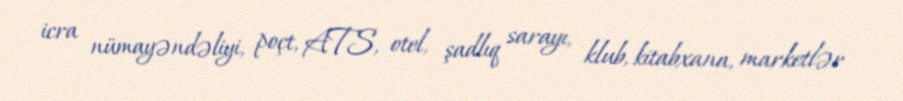
icra nümayəndəliyi, poçt, ATS, otel, şadlıq sarayı, klub, kitabxana, marketlər